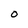
Character: 0